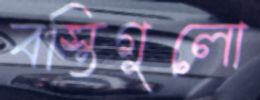
বস্তিগুলো